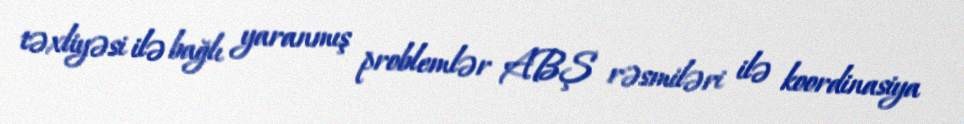
təxliyəsi ilə bağlı yaranmış problemlər ABŞ rəsmiləri ilə koordinasiya